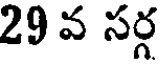
29 వ సర్గ